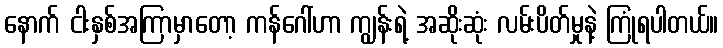
နောက် ငါးနှစ်အကြာမှာတော့ ကန်ဂေါ်ဟာ ကျွန်းရဲ့ အဆိုးဆုံး လမ်းပိတ်မှုနဲ့ ကြုံရပါတယ်။